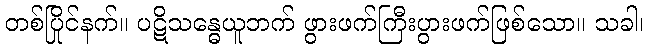
တစ်ပြိုင်နက်။ ပဋိသန္ဓေယူဘက် ဖွားဖက်ကြီးပွားဖက်ဖြစ်သော။ သခါ၊